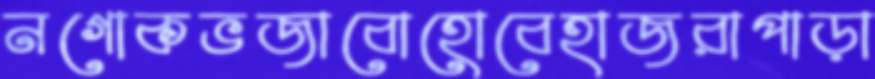
নগোকভজাবোহোবেহাজরাপাড়া